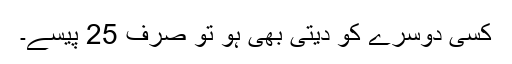
کسی دوسرے کو دیتی بھی ہو تو صرف 25 پیسے۔